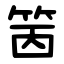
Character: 䇧